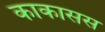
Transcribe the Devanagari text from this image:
काकासस